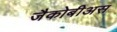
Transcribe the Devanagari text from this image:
जैकोबीअस